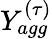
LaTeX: Y_{agg}^{(\tau)}